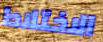
الاختلاط